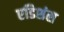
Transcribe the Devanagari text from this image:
एडिशंस